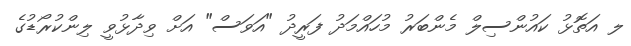
ލ އަތޮޅު ކައުންސިލް މެންބަރު މުހައްމަދު ފަރީދު "އަވަސް" އަށް ވިދާޅުވީ ލިންކުރޯޑުގެ